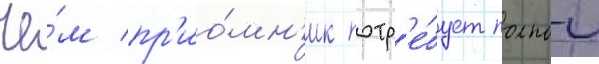
че́м пр'ио́мн'ик потр'е́бует полнои